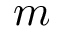
m